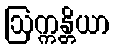
ဩက္ကန္တိယာ